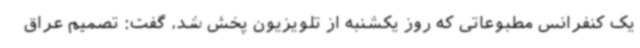
یک کنفرانس مطبوعاتی که روز یکشنبه از تلویزیون پخش شد، گفت: تصمیم عراق